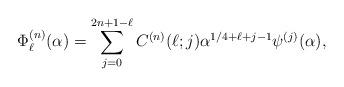
LaTeX: \begin{align*}\Phi^{(n)}_{\ell}(\alpha)=\sum_{j=0}^{2n+1-\ell}C^{(n)}(\ell;j)\alpha^{1/4+\ell+j-1}\psi^{(j)}(\alpha),\end{align*}